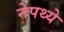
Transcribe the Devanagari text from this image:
नेपथ्ये